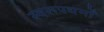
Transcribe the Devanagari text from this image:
स्वरूपधर्मों